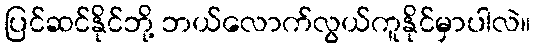
ပြင်ဆင်နိုင်ဘို့ ဘယ်လောက်လွယ်ကူနိုင်မှာပါလဲ။